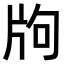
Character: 𤖵